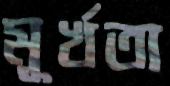
মূর্খতা